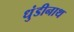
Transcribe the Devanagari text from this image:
धुंडीनाथ